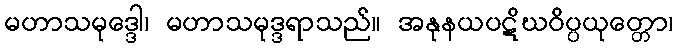
မဟာသမုဒ္ဒေါ၊ မဟာသမုဒ္ဒရာသည်။ အနုနယပဋိဃဝိပ္ပယုတ္တော၊